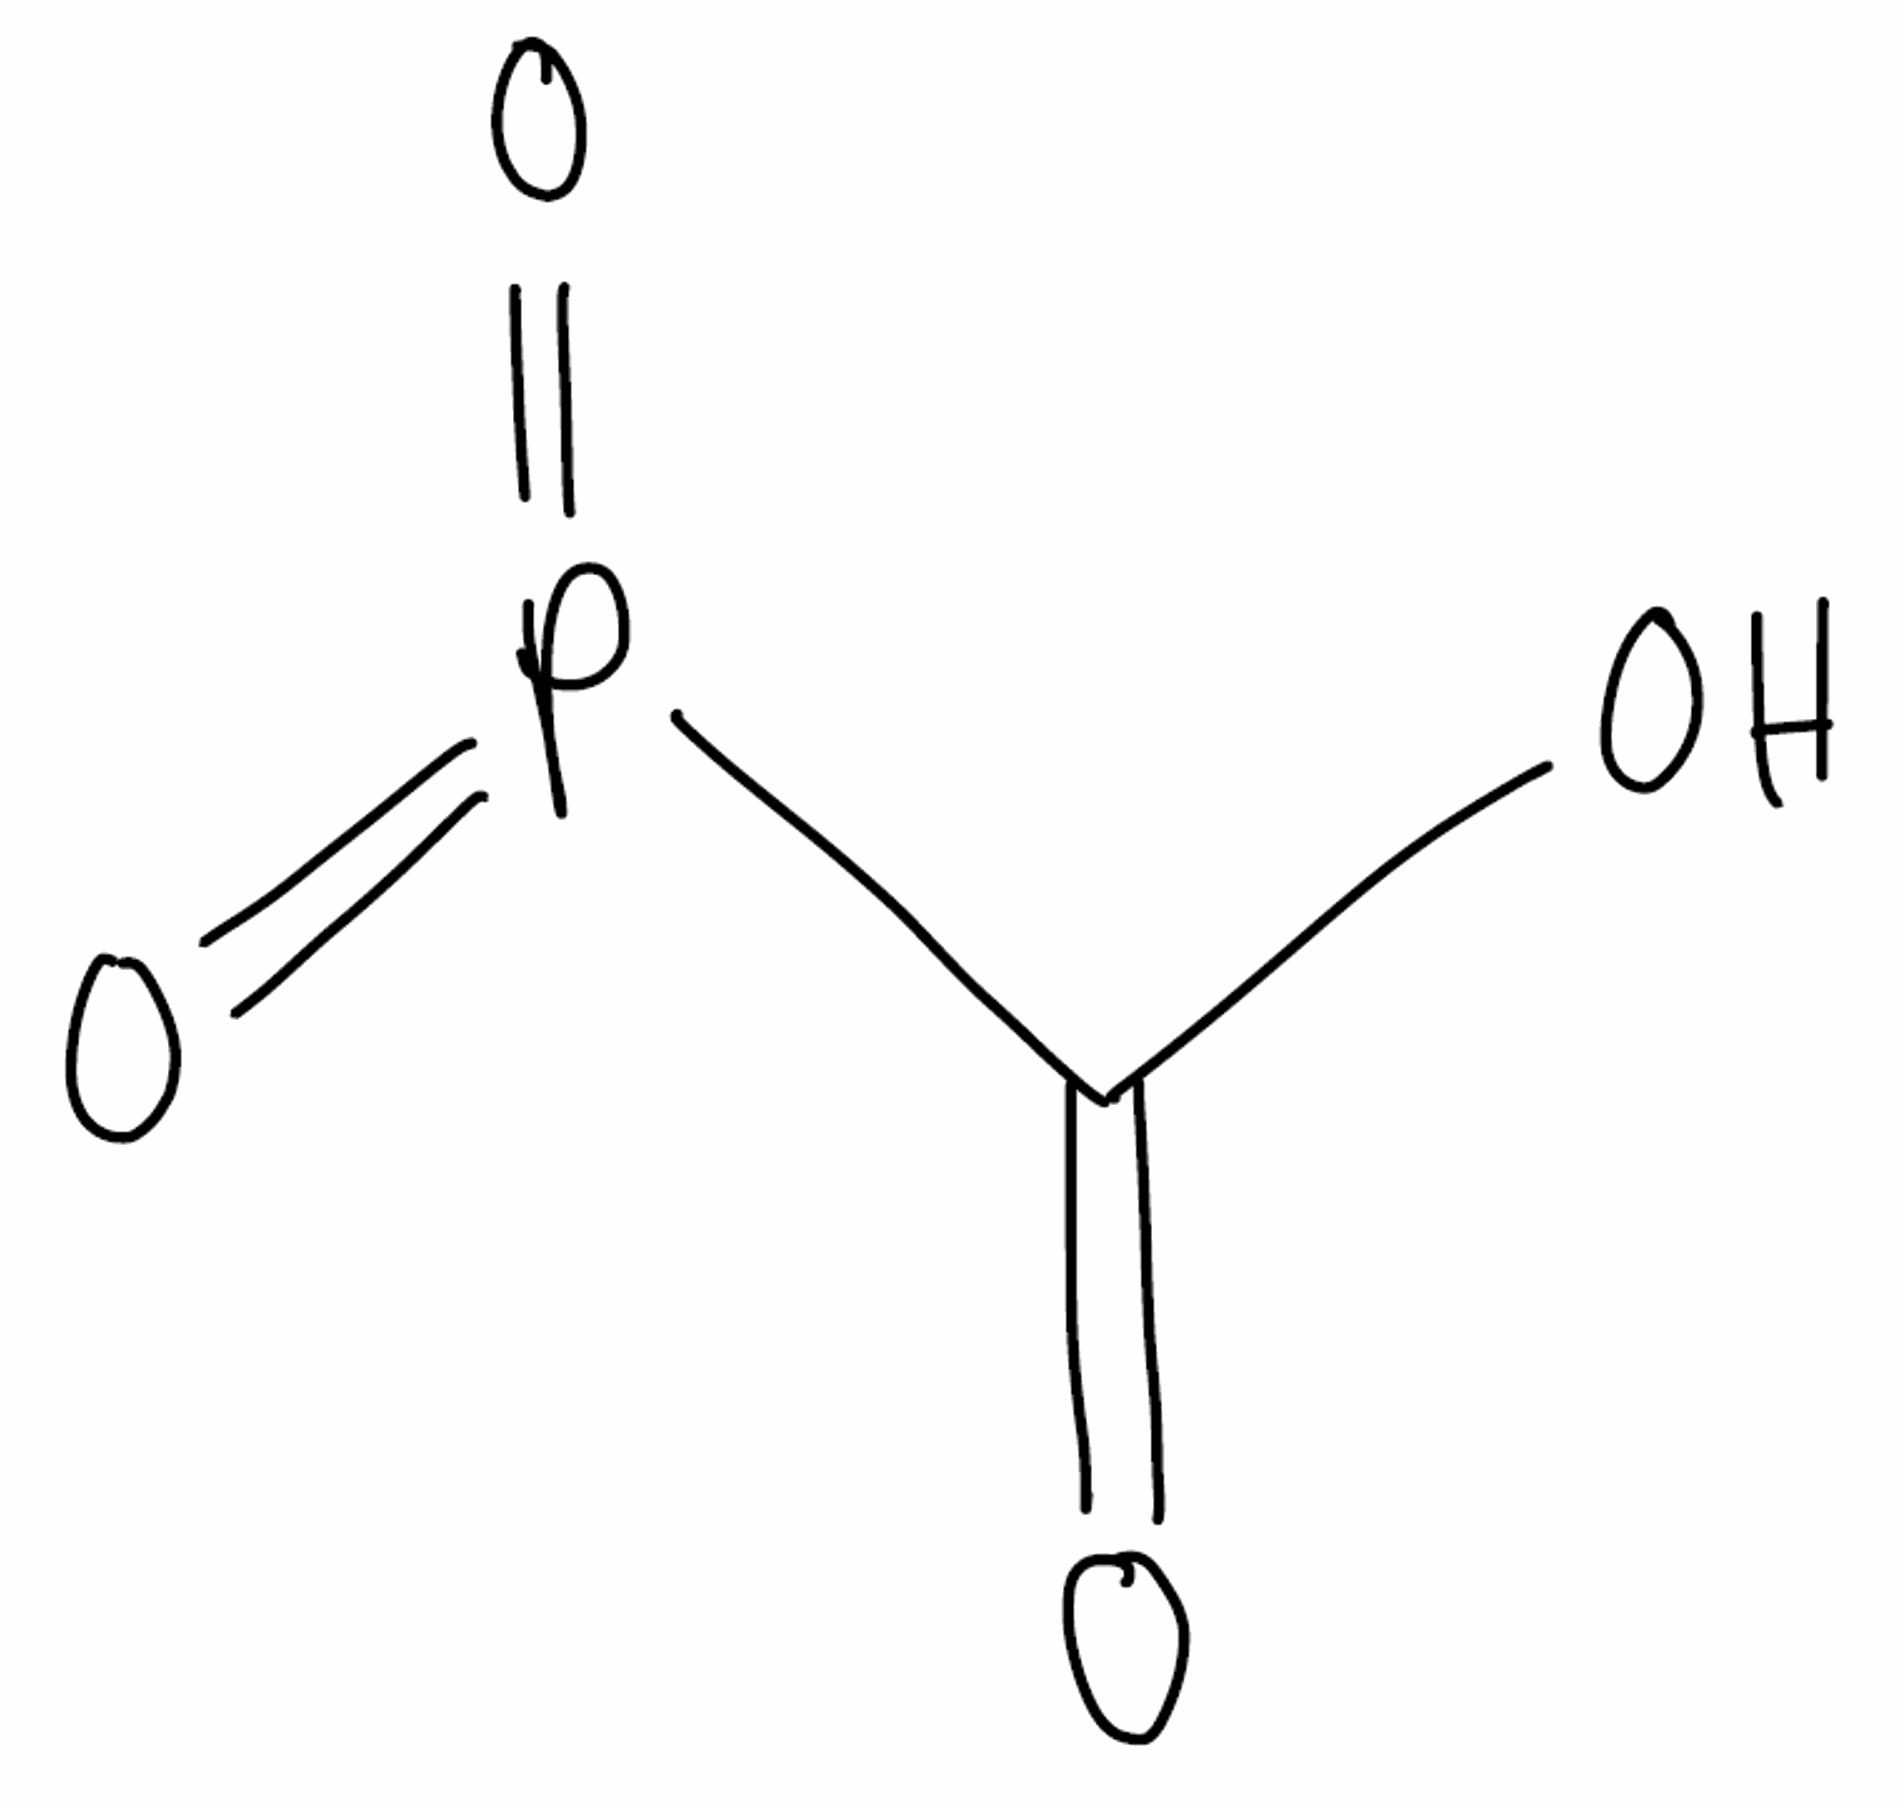
Simplified molecular-input line-entry system (SMILES) notation of the given molecule:
C(=O)(O)P(=O)=O